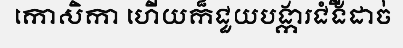
កោសិកា ហើយក៏ជួយបង្ការជំងឺដាច់